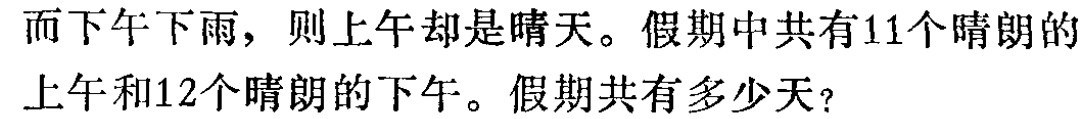
而下午下雨，则上午却是晴天。假期中共有11个晴朗的上午和12个晴朗的下午。假期共有多少天？